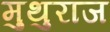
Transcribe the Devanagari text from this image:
मुथुराज